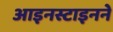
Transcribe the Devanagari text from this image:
आइनस्टाइनने